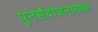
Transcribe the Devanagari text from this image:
पुनर्संयोजनात्मक